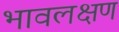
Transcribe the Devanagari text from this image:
भावलक्षण